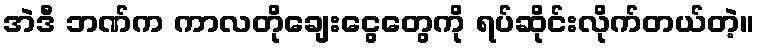
အဲဒီ ဘဏ်က ကာလတိုချေးငွေတွေကို ရပ်ဆိုင်းလိုက်တယ်တဲ့။